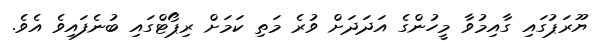
ޔޫރަޕުގައި ގާއިމުވާ މީހުންގެ އަދަދަށް ވުރެ މަތި ކަމަށް ރިޕޯޓްގައި ބުނެފައިވެ އެވެ.